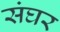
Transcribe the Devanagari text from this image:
संघर